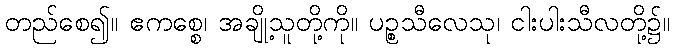
တည်စေ၍။ ဧကစ္စေ၊ အချို့သူတို့ကို။ ပဉ္စသီလေသု၊ ငါးပါးသီလတို့၌။